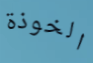
الخوذة